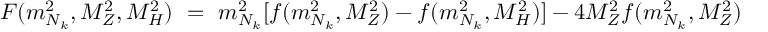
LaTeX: F ( m _ { N _ { k } } ^ { 2 } , M _ { Z } ^ { 2 } , M _ { H } ^ { 2 } ) \ = \ m _ { N _ { k } } ^ { 2 } [ f ( m _ { N _ { k } } ^ { 2 } , M _ { Z } ^ { 2 } ) - f ( m _ { N _ { k } } ^ { 2 } , M _ { H } ^ { 2 } ) ] - 4 M _ { Z } ^ { 2 } f ( m _ { N _ { k } } ^ { 2 } , M _ { Z } ^ { 2 } )